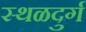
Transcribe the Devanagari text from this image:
स्थळदुर्ग